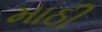
માઠી